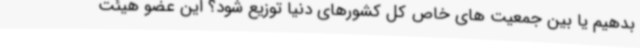
بدهیم یا بین جمعیت های خاص کل کشورهای دنیا توزیع شود؟ این عضو هیئت